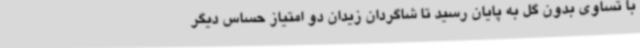
با تساوی بدون گل به پایان رسید تا شاگردان زیدان دو امتیاز حساس دیگر